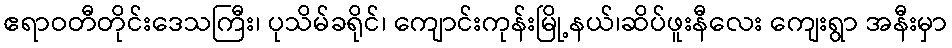
ဧရာဝတီတိုင်းဒေသကြီး၊ ပုသိမ်ခရိုင်၊ ကျောင်းကုန်းမြို့နယ်၊ဆိပ်ဖူးနီလေး ကျေးရွာ အနီးမှာ